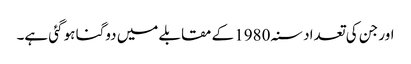
اور جن کی تعداد سنہ 1980 کے مقابلے میں دوگنا ہو گئی ہے۔